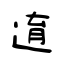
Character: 逳